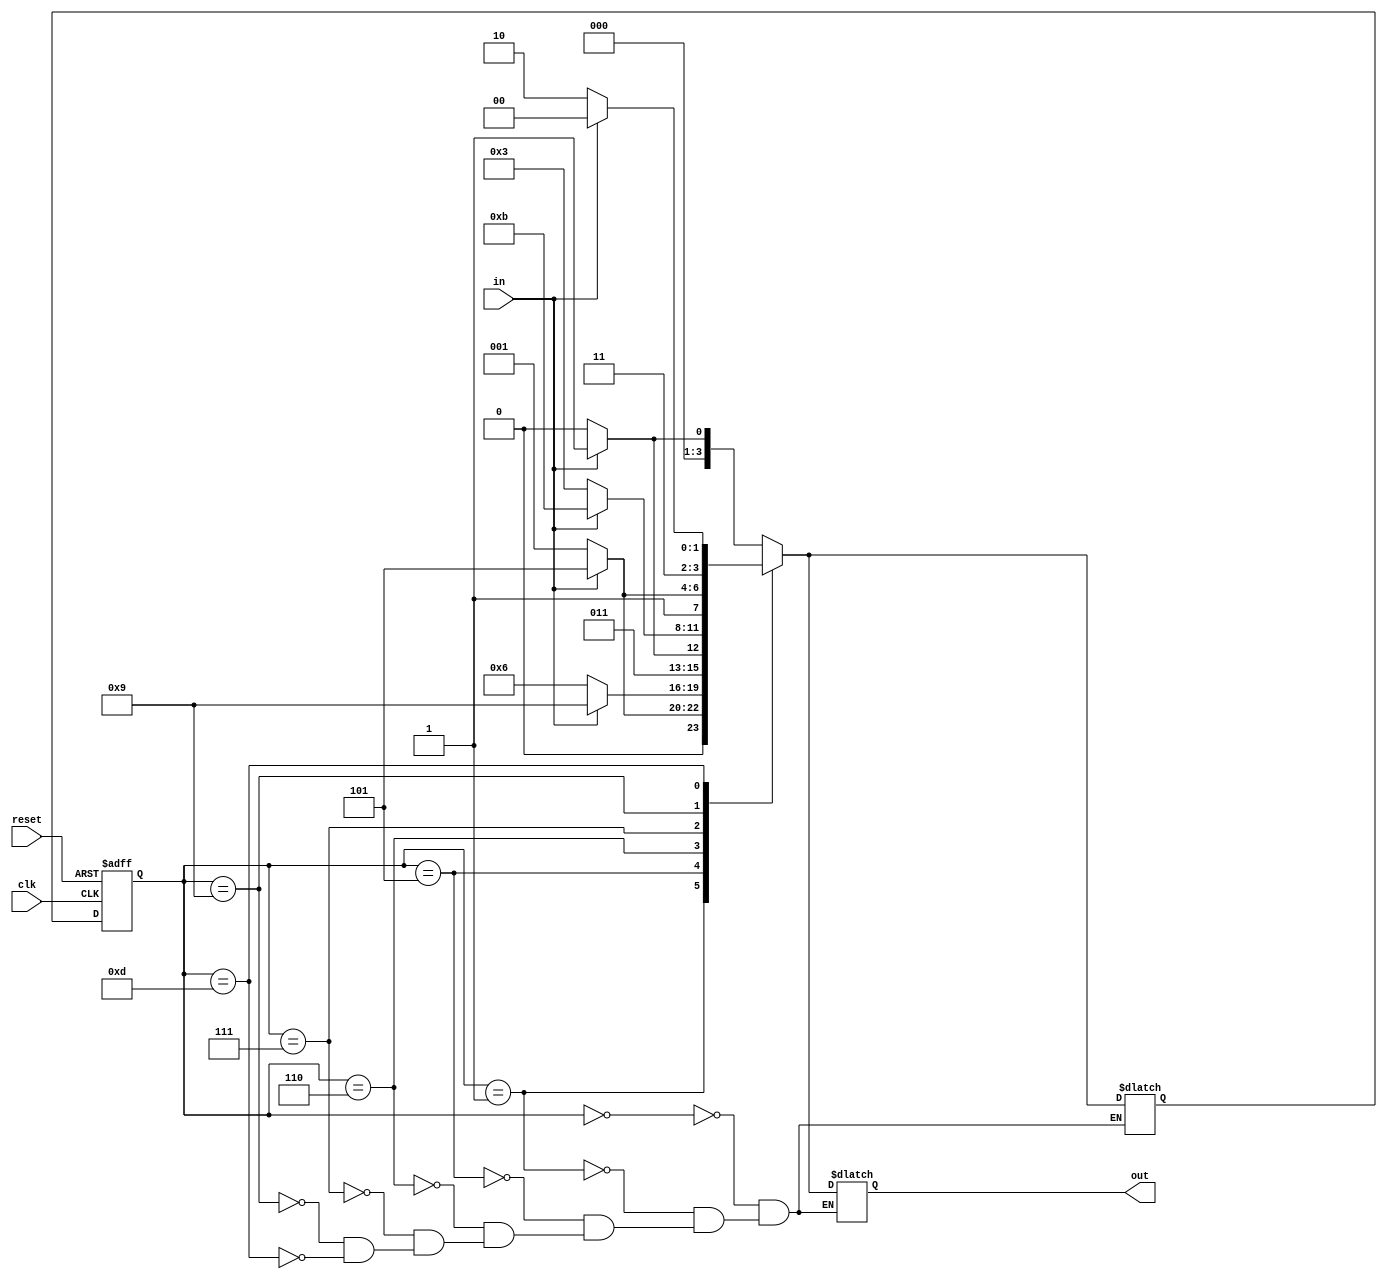
module figofsm
(
	input	clk, in, reset,
	output reg [3:0] out
);

	// Declare state register
		reg		[3:0]state, next;

	// Declare states
	parameter S0 = 4'b0000, S1 = 4'b0001, S2 = 4'b0101, S3 = 4'b0110, S4 = 4'b0111, S5 = 4'b0011, S6 = 4'b1011, S7 = 4'b1001, S8 = 4'b1101, S9 = 4'b1110, S10 = 4'b1100;

	// Determine the next state synchronously, based on the
	// current state and the input
	always @ (posedge clk or posedge reset) begin
		if (reset)
			state <= S0;
		else
			state <= next;
	end
	
	always @(state or in) begin
		case (state)
				S0:
					if (in)
					begin
						next <= S1;
					end
					else
					begin
						next <= S0;
					end
				S1:
					if (in)
					begin
						next <= S2;
					end
					else
					begin
						next <= S1;
					end
				S2:
					if (in)
					begin
						next <= S7;
					end
					else
					begin
						next <= S3;
					end
				S3:
					if (in)
					begin
						next <= S4;
					end
					else
					begin
						next <= S3;
					end
				S4:
					if (in)
					begin
						next <= S6;
					end
					else
					begin
						next <= S5;
					end
				S7:
					if (in)
					begin
						next <= S8;
					end
					else
					begin
						next <= S7;
					end
				S8:
					if (in)
					begin
						next <= S10;
					end
					else
					begin
						next <= S9;
					end
			endcase
			end

	// Determine the output based only on the current state
	// and the input (do not wait for a clock edge).
	always @ (state or in)
	begin
			case (state)
				S0:
					if (in)
					begin
						out = 4'b0001;
					end
					else
					begin
						out = 4'b0000;
					end
				S1:
					if (in)
					begin
						out = 4'b0101;
					end
					else
					begin
						out = 4'b0001;
					end
				S2:
					if (in)
					begin
						out = 4'b1001;
					end
					else
					begin
						out = 4'b0110;
					end
				S3:
					if (in)
					begin
						out = 4'b0111;
					end
					else
					begin
						out = 4'b0110;
					end
				S4:
					if (in)
					begin
						out = 4'b1011;
					end
					else
					begin
						out = 4'b0011;
					end
				S7:
					if (in)
					begin
						out = 4'b1101;
					end
					else
					begin
						out = 4'b1001;
					end
				S8:
					if (in)
					begin
						out = 4'b1100;
					end
					else
					begin
						out = 4'b1110;
					end
			endcase
			end

endmodule